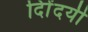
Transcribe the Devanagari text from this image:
दिोंदयी